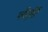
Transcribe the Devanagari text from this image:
परीपूर्ति